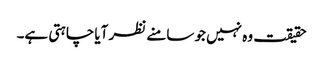
حقیقت وہ نہیں جو سامنے نظر آیا چاہتی ہے۔